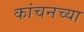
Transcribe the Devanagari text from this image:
कांचनच्या